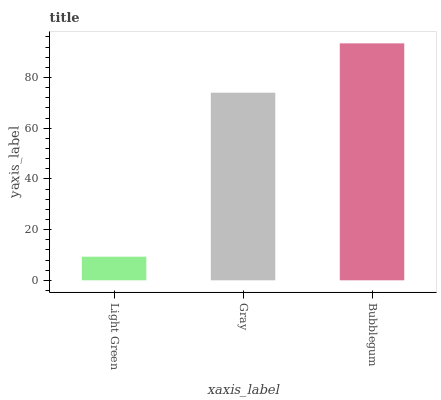
| xaxis_label | bars |
 | --- | --- |
 | Light Green | 9.31 |
 | Gray | 74 |
 | Bubblegum | 93.5 |